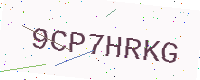
Text: 9CP7HRKG